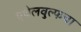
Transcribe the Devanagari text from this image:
एथेलवुल्फचा